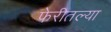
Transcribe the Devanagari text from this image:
फेरीतल्या